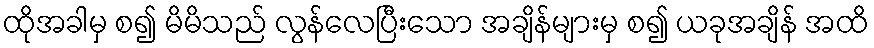
ထိုအခါမှ စ၍ မိမိသည် လွန်လေပြီးသော အချိန်များမှ စ၍ ယခုအချိန် အထိ